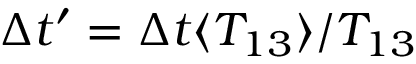
\Delta t ^ { \prime } = \Delta t \langle { T _ { 1 3 } } \rangle { } / T _ { 1 3 }